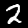
Label: 2